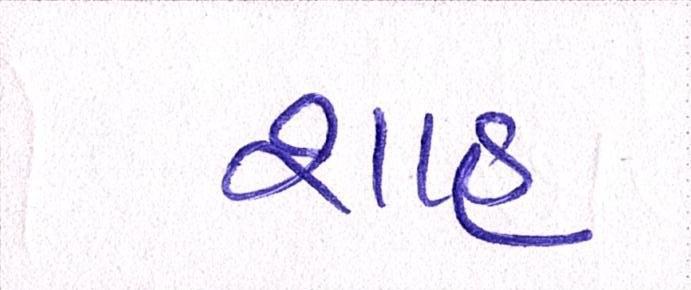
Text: શાહઃ